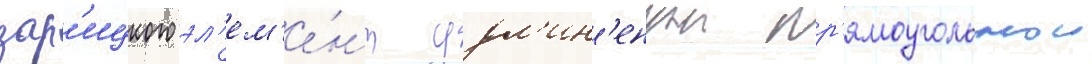
зар'ицкого эл'ем'е́нт удл'ин'еннои пр'ямоугольнои